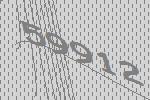
59912